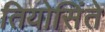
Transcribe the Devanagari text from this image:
तियोसिंते